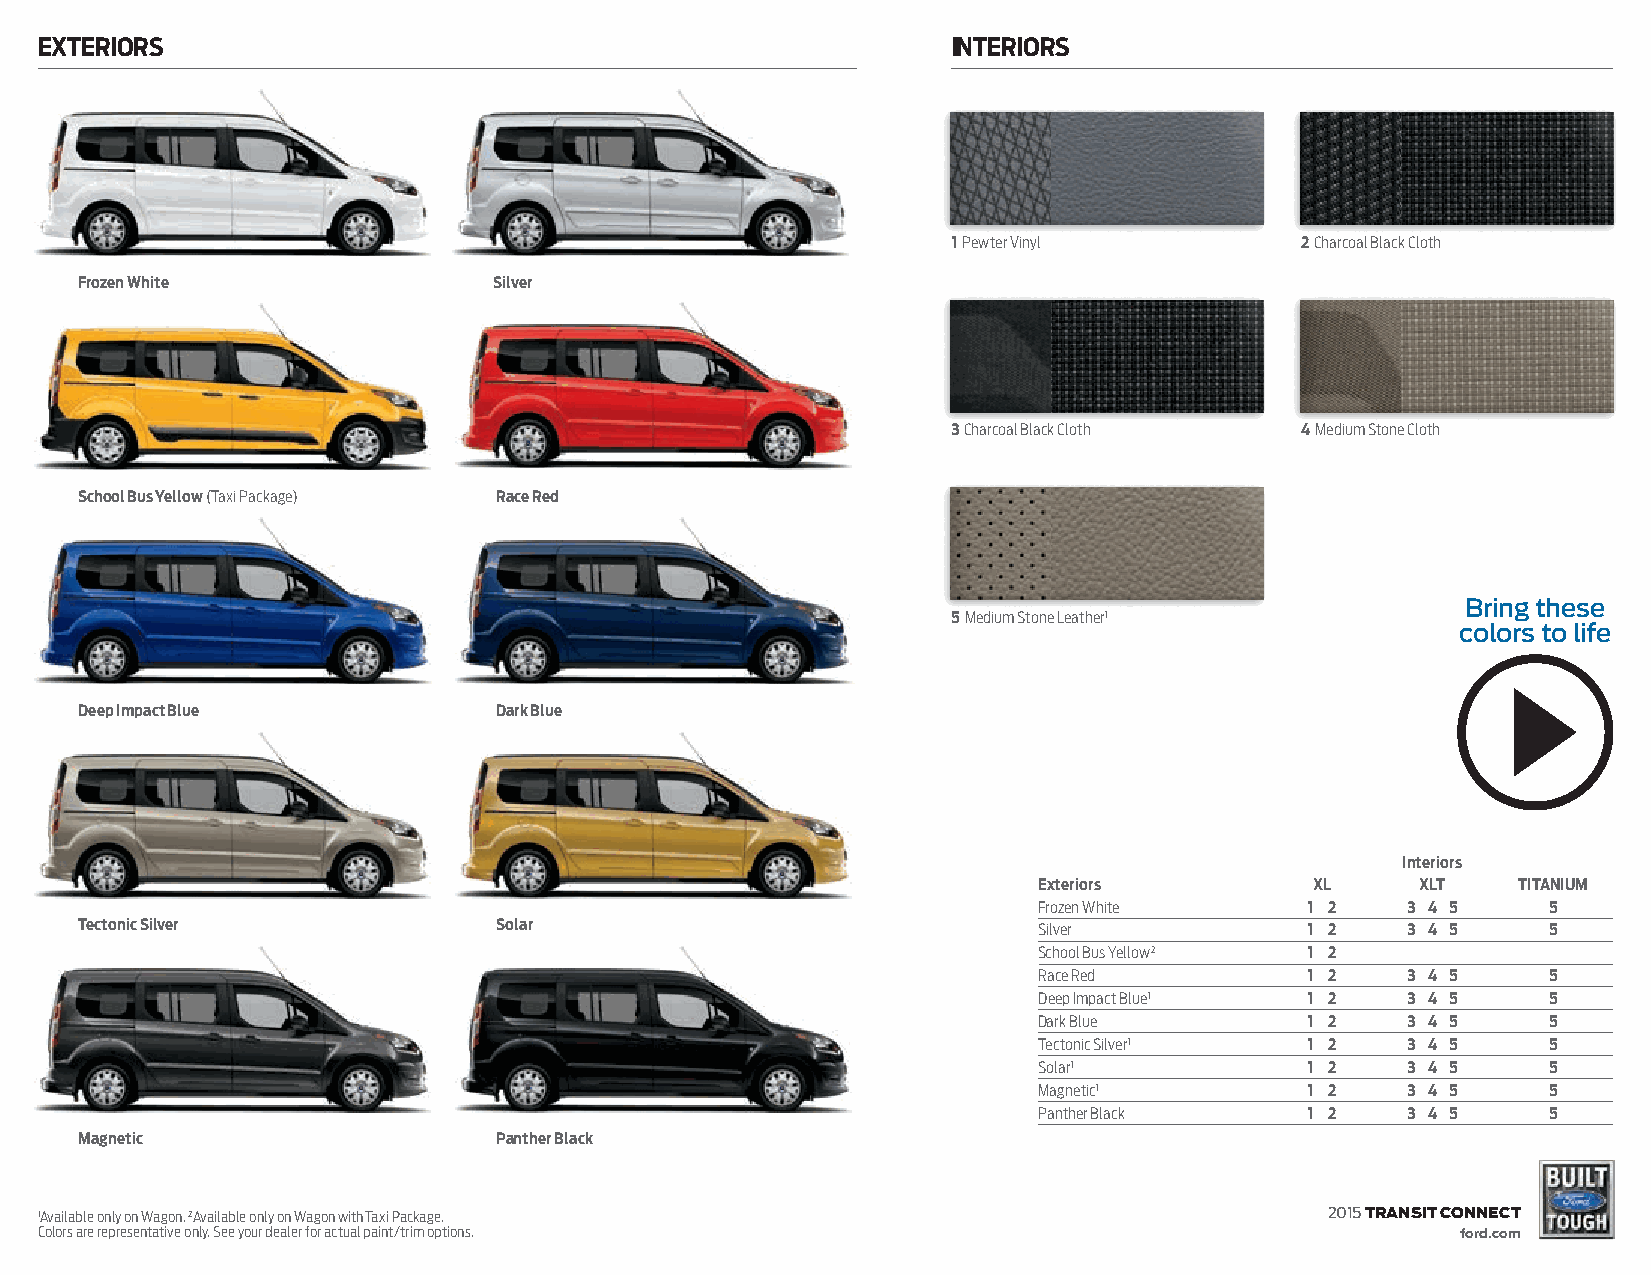
eXteriorS                                                    interiorS
 1 Pewter Vinyl         2 Charcoal Black Cloth
 Frozen White                Silver
 3 Charcoal Black Cloth 4 Medium Stone Cloth
 School Bus Yellow (Taxi Package) race red
 Bring these
 5 Medium Stone Leather1
 colors to life
 deep impact Blue            dark Blue
 interiors
 exteriors         XL     XLt   titanium
 Frozen White      1 2   3 4 5    5
 tectonic Silver             Solar                               Silver            1 2   3 4 5    5
 School Bus Yellow2 1 2
 Race Red          1 2   3 4 5    5
 Deep Impact Blue1 1 2   3 4 5    5
 Dark Blue         1 2   3 4 5    5
 Tectonic Silver1  1 2   3 4 5    5
 Solar1            1 2   3 4 5    5
 Magnetic1         1 2   3 4 5    5
 Panther Black     1 2   3 4 5    5
 magnetic                    panther Black
 1Available only on Wagon. 2Available only on Wagon with Taxi Package.                 2015 transit connect
 Colors are representative only. See your dealer for actual paint/trim options.                 ford.com